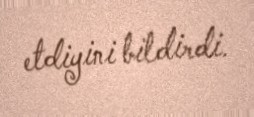
etdiyini bildirdi.